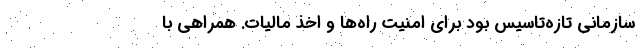
سازمانی تازه‌تاسیس بود برای امنیت راه‌ها و اخذ مالیات. همراهی با